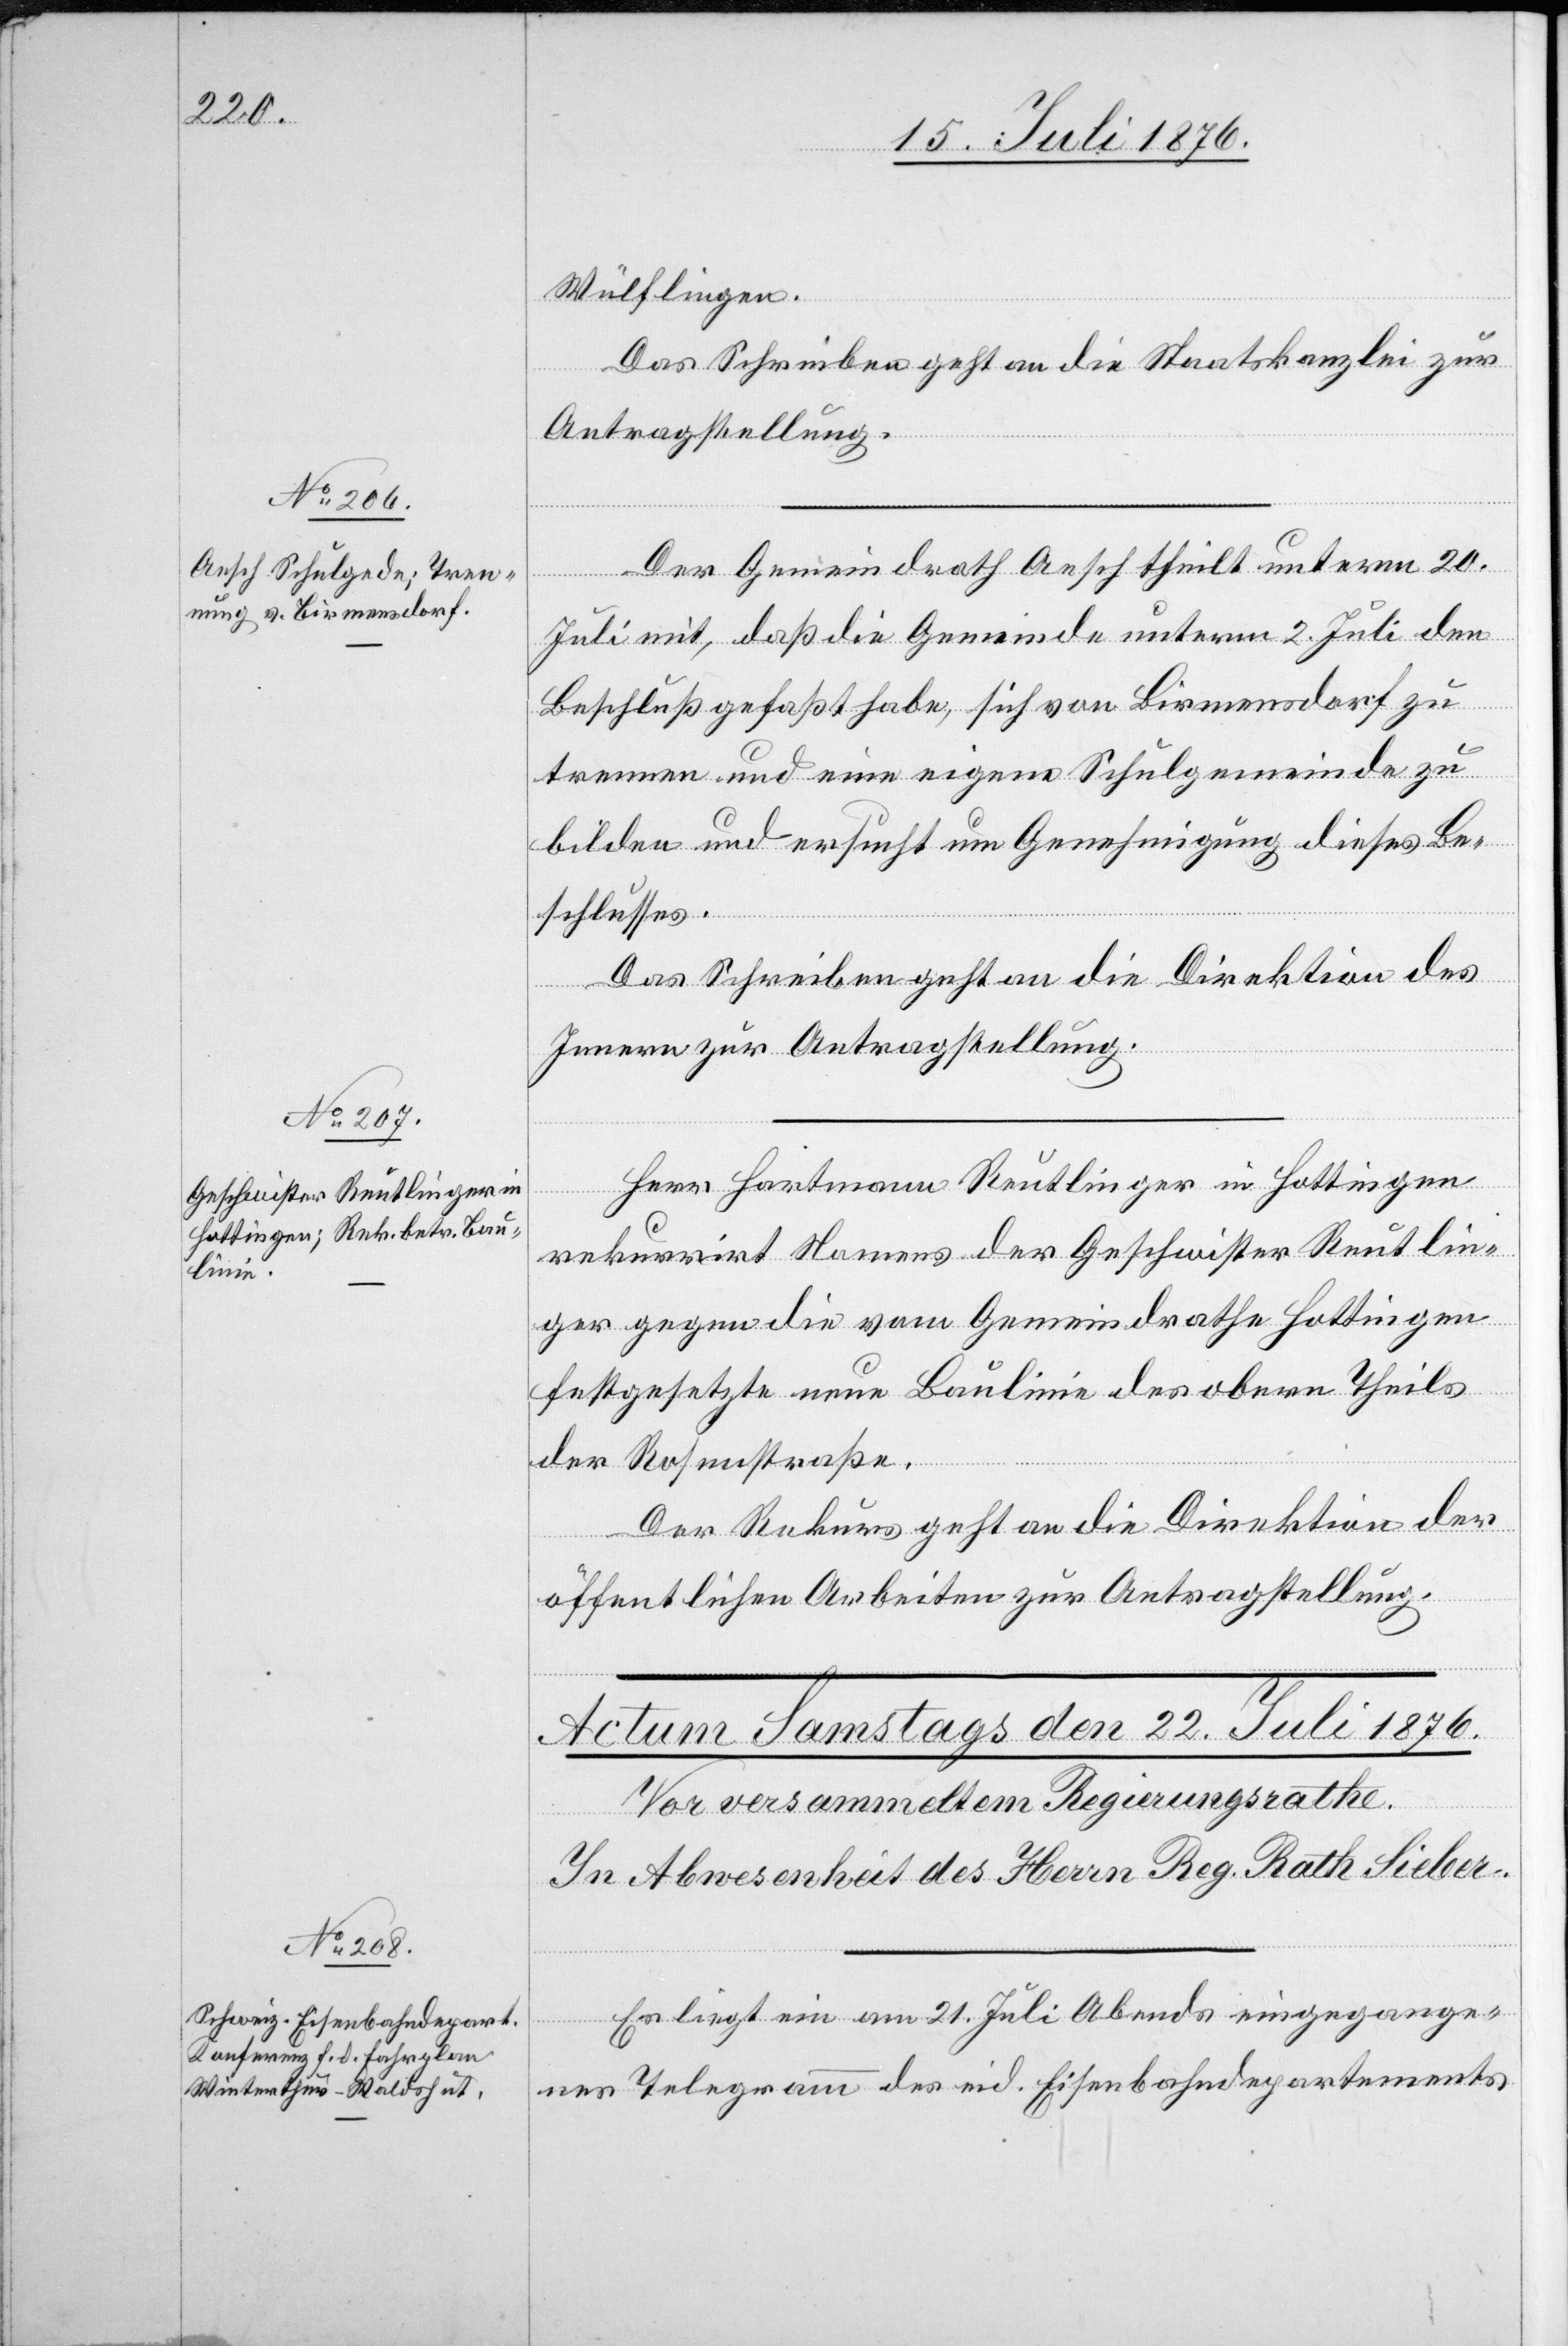
20. Juli 1876.]
Wülflingen.
Das Schreiben geht an die Staatskanzlei zur
Antragstellung.
Der Gemeindrath Aesch theilt unterm 20.
Juli mit, daß die Gemeinde unterm 2. Juli den
Beschluß gefaßt habe, sich von Birmensdorf zu
trennen und eine eigene Schulgemeinde zu
bilden und ersucht um Genehmigung dieses Be¬
schlusses.
Das Schreiben geht an die Direktion des
Innern zur Antragstellung.
Herr Hartmann Reutlinger in Hottingen
rekurrirt Namens der Geschwister Reutlin¬
ger gegen die vom Gemeindrathe Hottingen
festgesetzte neue Baulinie des obern Theils
der Rosenstraße.
Der Rekurs geht an die Direktion der
öffentlichen Arbeiten zur Antragstellung.
Es liegt ein am 21. Juli Abends eingegange¬
nes Telegramm des eid. Eisenbahndepartements